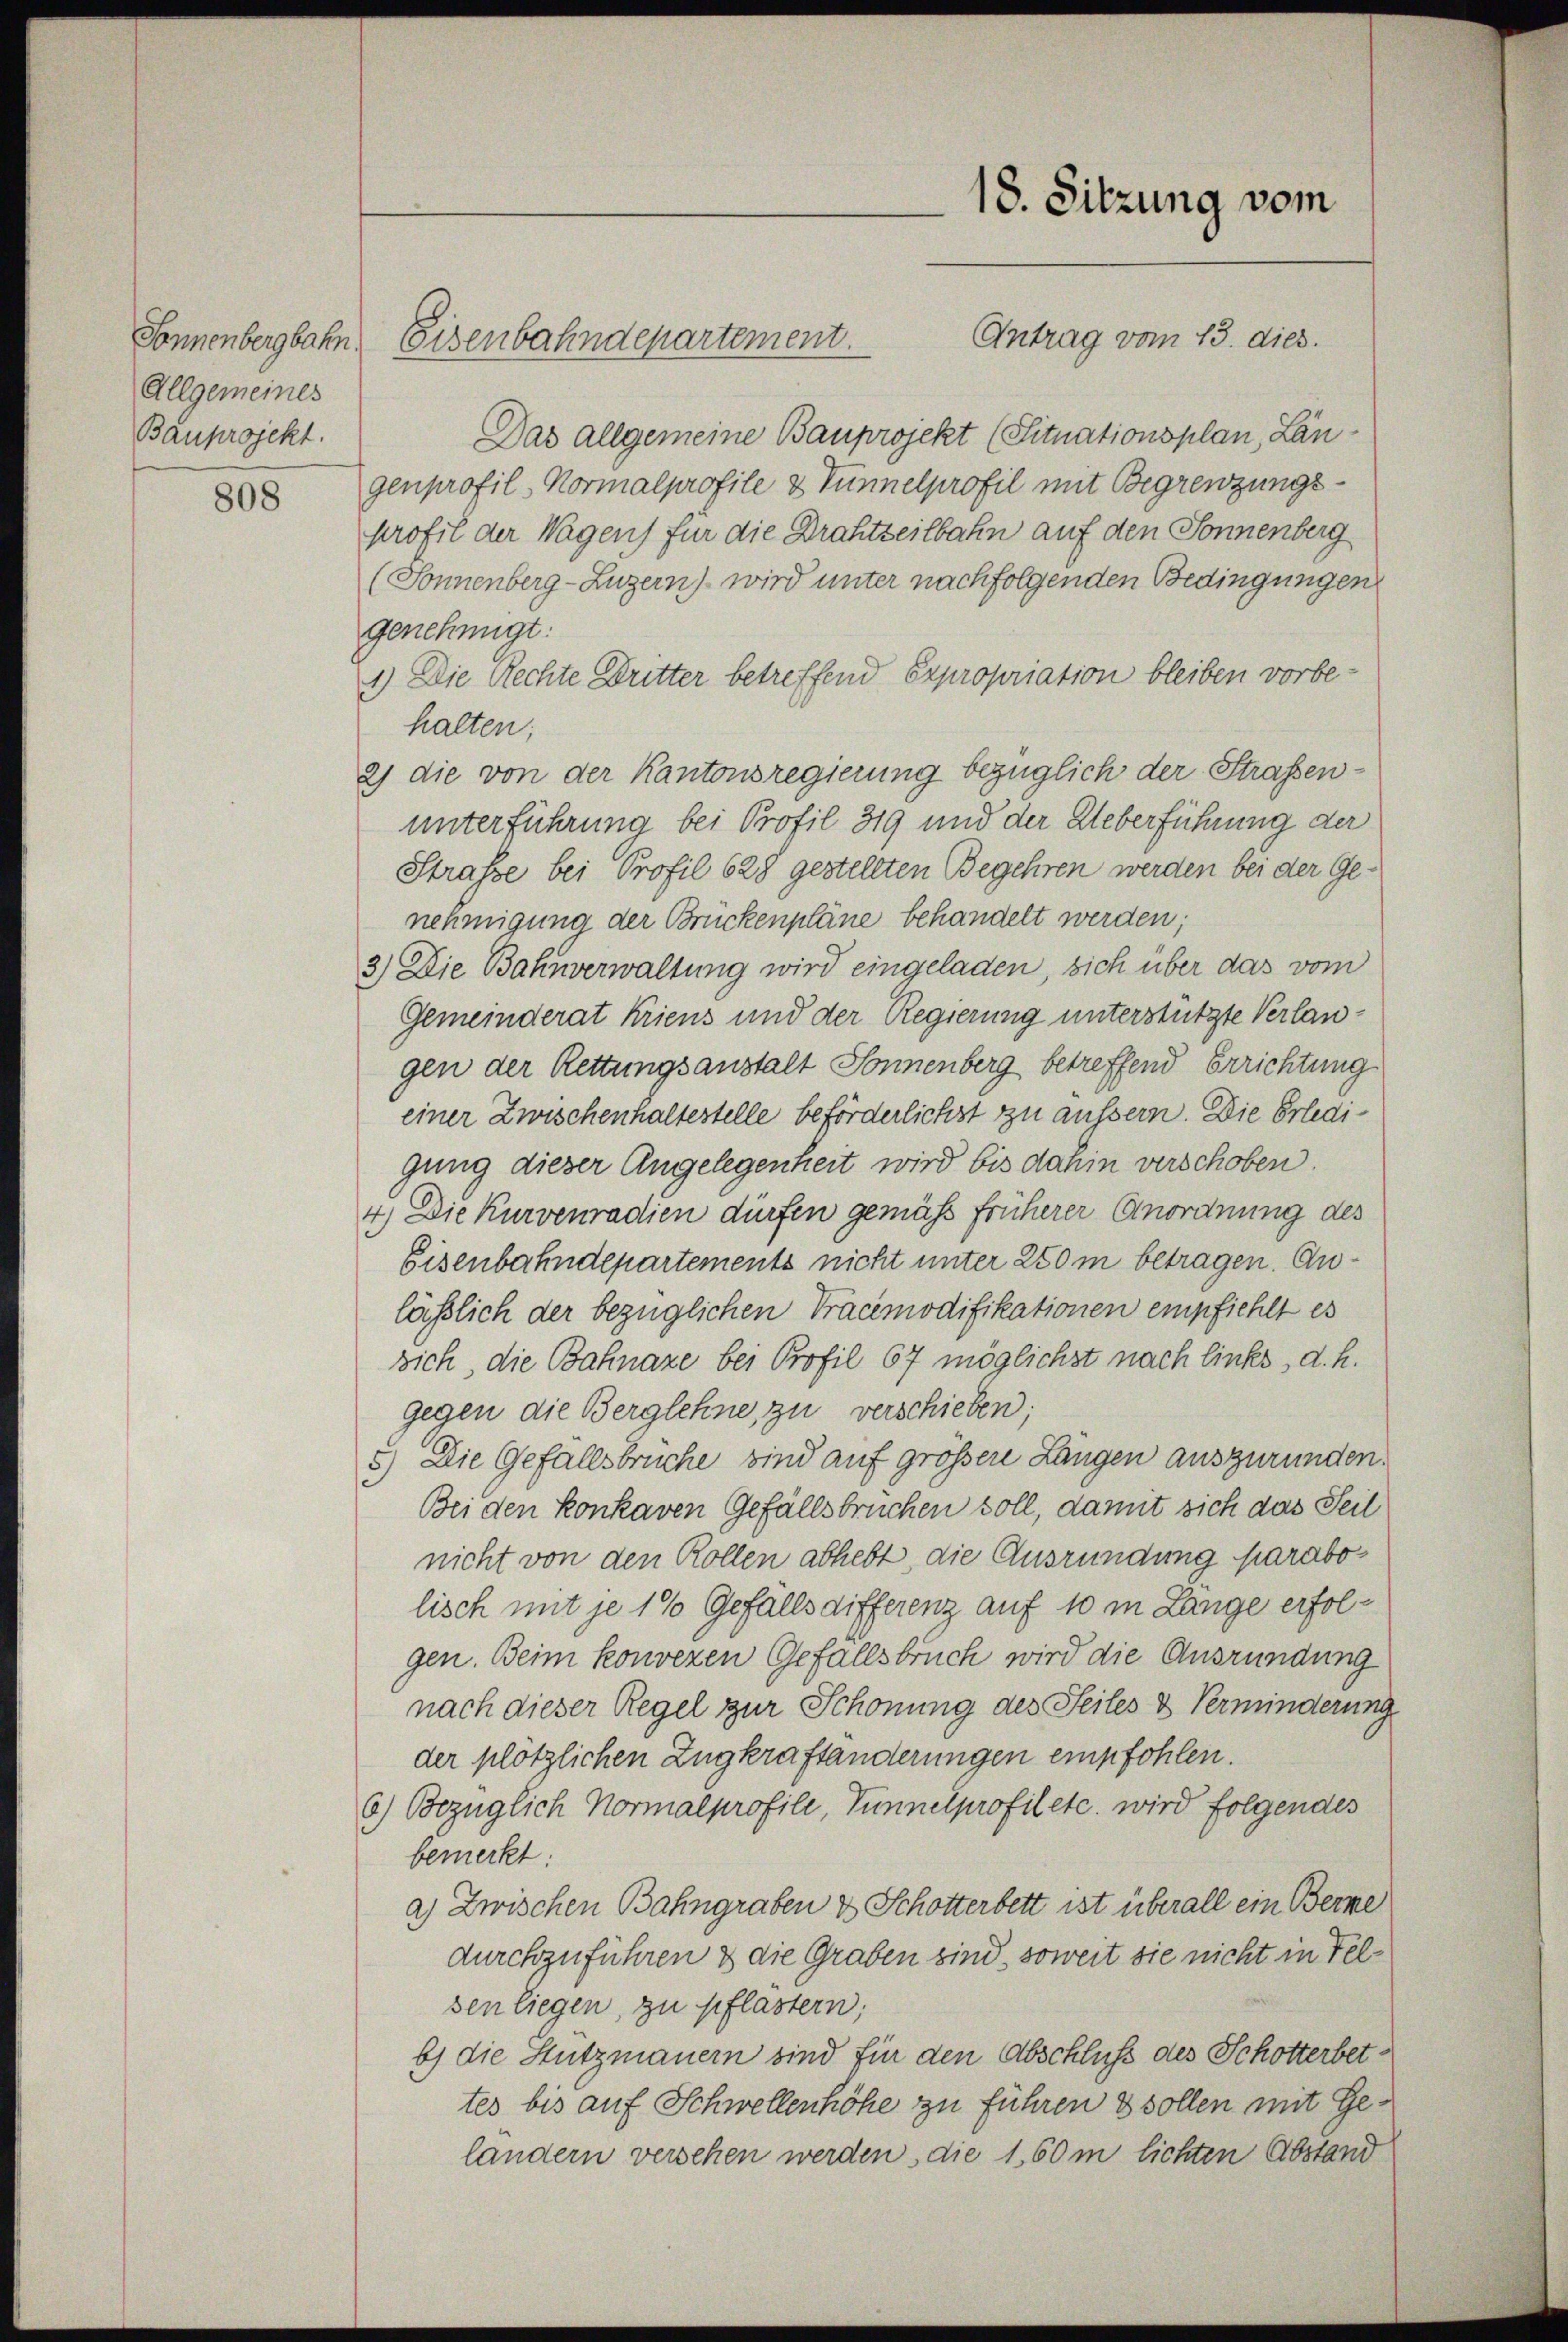
Allgemeines
Bauprojekt.

808

Sonnenbergbahn, Eisenbahndepartement.

18. Sitzung vom

Das allgemeine Bauprojekt (Situationsplan, Längenprofil, Normalprofile & Tunnelprofil mit Begrenzungsprofil der Wagen) für die Drahtzeitbahn auf den Sonnenberg
(Sonnenberg-Luzern) wird unter nachfolgenden Bedingungen
genehmigt:
1.) Die Rechte Dritter betreffend Expropriation bleiben vorbehalten;
2) die von der Kantonsregierung bezüglich der Straßenunterführung bei Profil 319 und der Ueberführung der
Strasse bei Profil 628 gestellten Begehren werden bei der Genehmigung der Brückenpläne behandelt werden;
3) Die Bahnverwaltung wird eingeladen, sich über das vom
Gemeinderat kriens und der Regierung unterstützte Verlangen der Rettungsanstalt Sonnenberg betreffend Errichtung
einer Zwischenhaltestelle beförderlichst zu äussern. Die Erledigung dieser Angelegenheit wird bis dahin verschoben.
4.) Die Kurvenradien dürfen gemäss früherer Anordnung des
Eisenbahndepartements nicht unter 250 m betragen. Auläßlich der bezüglichen Präcemodifikationen empfiehlt es
sich, die Bahnaze bei Profil 67 möglichst nach links, d. h.
gegen die Berglehne, zu verschieben;
5) Die Gefällsbruche sind auf größere Längen auszuründen.
Bei den konkaven Gefällsbruchen soll, damit sich das Seil
nicht von den Rollen abhebt, die Ausründung parabolisch mit je 1 % Gefälls differenz auf 10 in Lange erfolgen. Beim konvezen Gefallsbruch wird die Ausründung
nach dieser Regel zur Schonung des Seiles & Verminderung
der plötzlichen Zugkraftanderungen empfohlen.
6) Bezüglich Normalprofile, Tunnelprofiletc. wird folgendes
bemerkt:
a) Zwischen Bahngraben & Schotterbett ist überall ein Berne
durchzuführen & die Graben sind, soweit sie nicht in Felsen liegen, zu pflastern;
b) die Stutzmauern sind für den Abschluß des Schotterbettes bis auf Schwellenhöhe zu führen & sollen mit Gelandern versehen werden, die 160 m lichten Abstand

Antrag vom 13. dies.